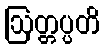
ဩတ္တပ္ပတိ